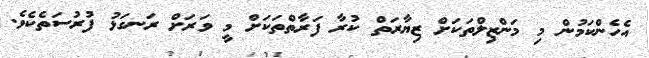
އެހެންކަމުން މި މަންޒިލްތަކަށް ޒިޔާރަތް ކުރާ ފަރާތްތަކަށް މީ ވަރަށް ރަނގަޅު ފުރުސަތެކެވެ.